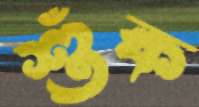
শুঁক